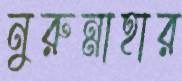
নুরুন্নাহার